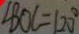
\angle B O C = 1 2 0 ^ { \circ }